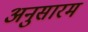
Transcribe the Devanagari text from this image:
अनुसारम